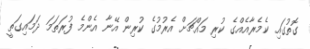
ގޮތުގައި ކެމެރާއެއްގެ ކުރި މައްޗަށް އެރުމުގެ ކުރިން އޭނާ އެންމެ ފުރަތަމަ ދަމައިގަތީ